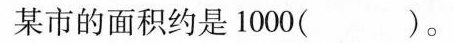
某市的面积约是1000( )。